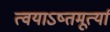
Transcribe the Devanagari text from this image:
त्वयाऽष्तमूर्त्या